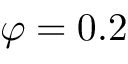
\varphi = 0 . 2